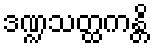
ဒဏ္ဍသတ္ထကန္တိ